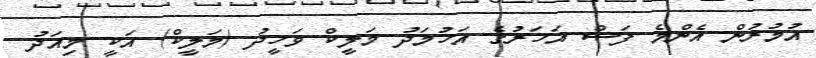
އުމުރުން އެންމެ ފަސް އަހަރުގެ އަހުމަދު މަލީކް ވަހީދު (މަލީކް) އަކީ މިއަދު